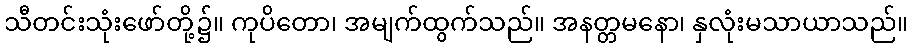
သီတင်းသုံးဖော်တို့၌။ ကုပိတော၊ အမျက်ထွက်သည်။ အနတ္တမနော၊ နှလုံးမသာယာသည်။